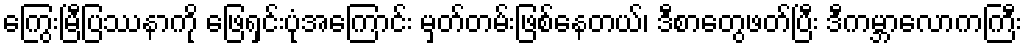
ကြွေးမြီပြဿနာကို ဖြေရှင်းပုံအကြောင်း မှတ်တမ်းဖြစ်နေတယ်၊ ဒီစာတွေဖတ်ပြီး ဒီကမ္ဘာလောကကြီး